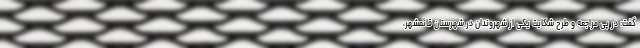
گفت: در پی مراجعه و طرح شکایت یکی از شهروندان در شهرستان قائمشهر،